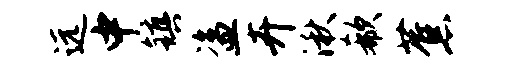
远中镇盗卉湫欷蕉